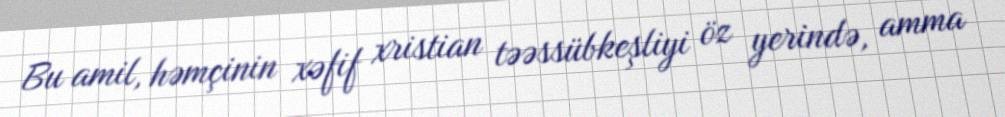
Bu amil, həmçinin xəfif xristian təəssübkeşliyi öz yerində, amma